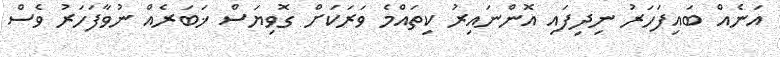
އަނެއް ބައިފަހަރު ނިދިފައި އޮންނައިރު ކިތައްމެ ވަރަކަށް ގޮވިޔަސް ޚަބަރެއް ނުވާފަހަރު ވެސް